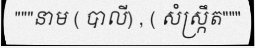
"""នាម ( បាលី) , ( សំស្ក្រឹត"""